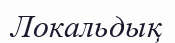
Локальдық